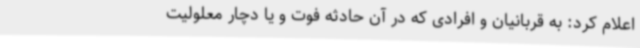
اعلام کرد: به قربانیان و افرادی که در آن حادثه فوت و یا دچار معلولیت